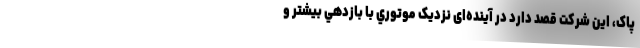
پاک، اين شركت قصد دارد در آینده‌ای نزدیک موتوري با بازدهي بیشتر و